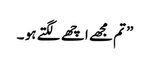
” تم مجھے اچھے لگتے ہو ۔